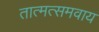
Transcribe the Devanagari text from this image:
तात्मत्समवाय